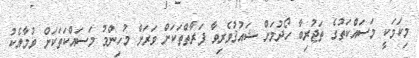
މިކަމަކީ މަސައްކަތުގެ ތަޖުރިބާ ހޯދުމަށް ޝައުޤުވެރިވާ ފަރާތްތަކަށް ވަރަށް މުހިންމު މަސައްކަތަކަށް ވުމާއެކު